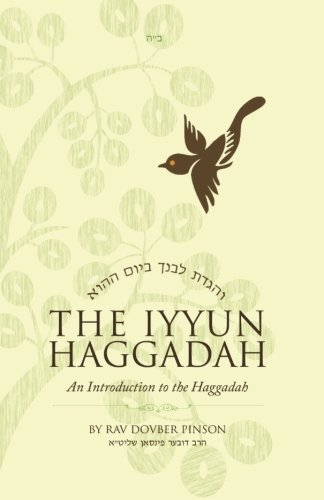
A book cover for The Iyyun Haggadah: An Introduction to the Haggadah; DovBer Pinson; Religion & Spirituality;